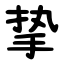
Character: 挚